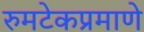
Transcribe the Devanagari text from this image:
रुमटेकप्रमाणे